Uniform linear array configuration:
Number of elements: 32
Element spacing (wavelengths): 0.5
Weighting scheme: uniform
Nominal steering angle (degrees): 60
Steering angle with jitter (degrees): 60.901
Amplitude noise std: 0.05
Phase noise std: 0.05

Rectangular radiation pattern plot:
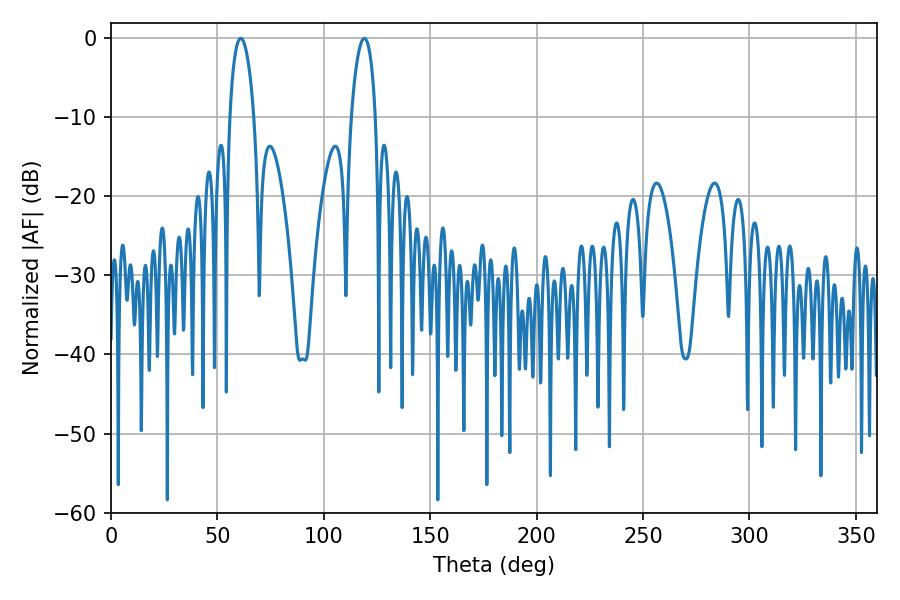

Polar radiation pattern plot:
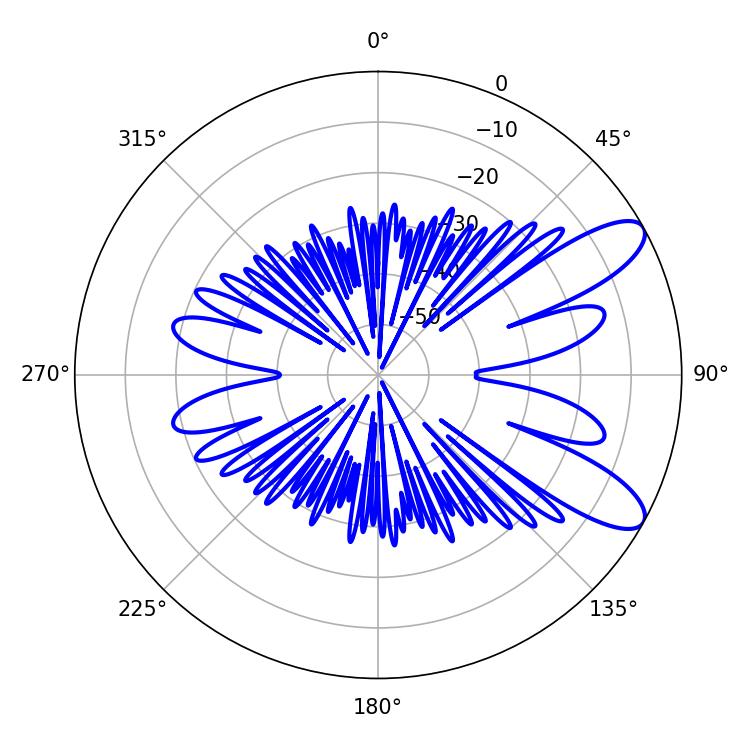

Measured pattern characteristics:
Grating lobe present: FALSE
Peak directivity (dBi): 9.628
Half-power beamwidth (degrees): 6.48
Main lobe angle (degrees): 61.02